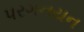
પરગનયન